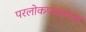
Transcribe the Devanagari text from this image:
परलोकपरायण्ता